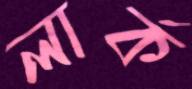
লার্ক